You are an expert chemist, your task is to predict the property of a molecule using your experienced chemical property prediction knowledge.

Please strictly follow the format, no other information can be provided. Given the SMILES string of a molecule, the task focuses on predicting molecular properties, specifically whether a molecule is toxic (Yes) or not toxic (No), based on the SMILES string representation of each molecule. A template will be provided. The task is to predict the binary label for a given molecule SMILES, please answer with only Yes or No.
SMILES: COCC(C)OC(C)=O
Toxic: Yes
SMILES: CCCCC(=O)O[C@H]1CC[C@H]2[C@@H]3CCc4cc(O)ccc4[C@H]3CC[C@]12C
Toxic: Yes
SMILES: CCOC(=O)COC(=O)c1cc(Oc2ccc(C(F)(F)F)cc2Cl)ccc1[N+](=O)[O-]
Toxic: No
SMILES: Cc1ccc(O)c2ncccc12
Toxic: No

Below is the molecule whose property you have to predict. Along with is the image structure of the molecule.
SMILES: CN1CCN(c2c(F)cc3c(=O)c(C(=O)O)cn4c3c2SCC4)CC1
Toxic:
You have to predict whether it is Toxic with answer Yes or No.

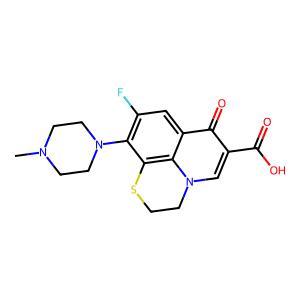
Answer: No